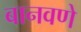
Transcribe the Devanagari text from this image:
बानवणे